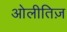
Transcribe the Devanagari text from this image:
ओलीतिज़